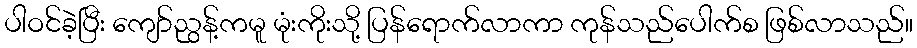
ပါဝင်ခဲ့ပြီး ကျော်ညွန့်ကမူ မုံးကိုးသို့ ပြန်ရောက်လာကာ ကုန်သည်ပေါက်စ ဖြစ်လာသည်။